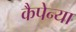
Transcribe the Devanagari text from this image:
कैपेन्या